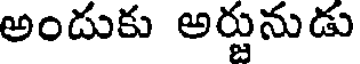
అందుకు అర్జునుడు